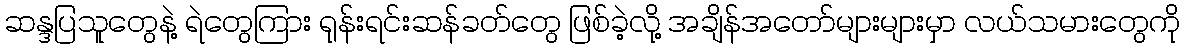
ဆန္ဒပြသူတွေနဲ့ ရဲတွေကြား ရုန်းရင်းဆန်ခတ်တွေ ဖြစ်ခဲ့လို့ အချိန်အတော်များများမှာ လယ်သမားတွေကို